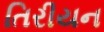
તિરીયન